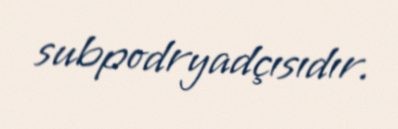
subpodryadçısıdır.